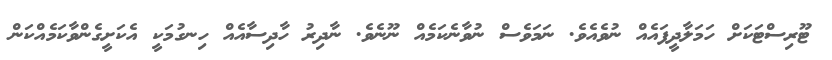
ޓޫރިސްޓަކަށް ހަމަލާދީފައެއް ނުވެއެވެ. ނަމަވެސް ނުވާނެކަމެއް ނޫނެވެ. ނާދިރު ހާދިސާއެއް ހިނގުމަކީ އެކަށީގެންވާކަމެއްކަން